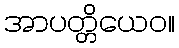
အာပတ္တိယေဝ။